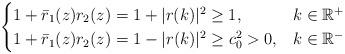
LaTeX: \begin{align*}\begin{cases}1+\bar{r}_1(z) r_2(z)=1+|r(k)|^{2} \geq 1, & k \in \mathbb{R}^{+} \\ 1+\bar{r}_1(z)r_2(z)=1-|r(k)|^{2} \geq c_{0}^{2}>0, & k \in \mathbb{R}^{-}\end{cases}\end{align*}